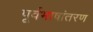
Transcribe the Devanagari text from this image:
पूर्वभाषांतरण